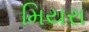
મિયરા